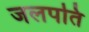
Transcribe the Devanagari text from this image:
जलपति